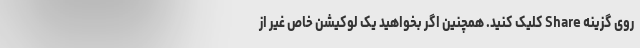
روی گزینه Share کلیک کنید. همچنین اگر بخواهید یک لوکیشن خاص غیر از